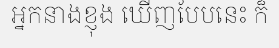
អ្នកនាងខ្ញុង ឃើញបែបនេះ ក៏